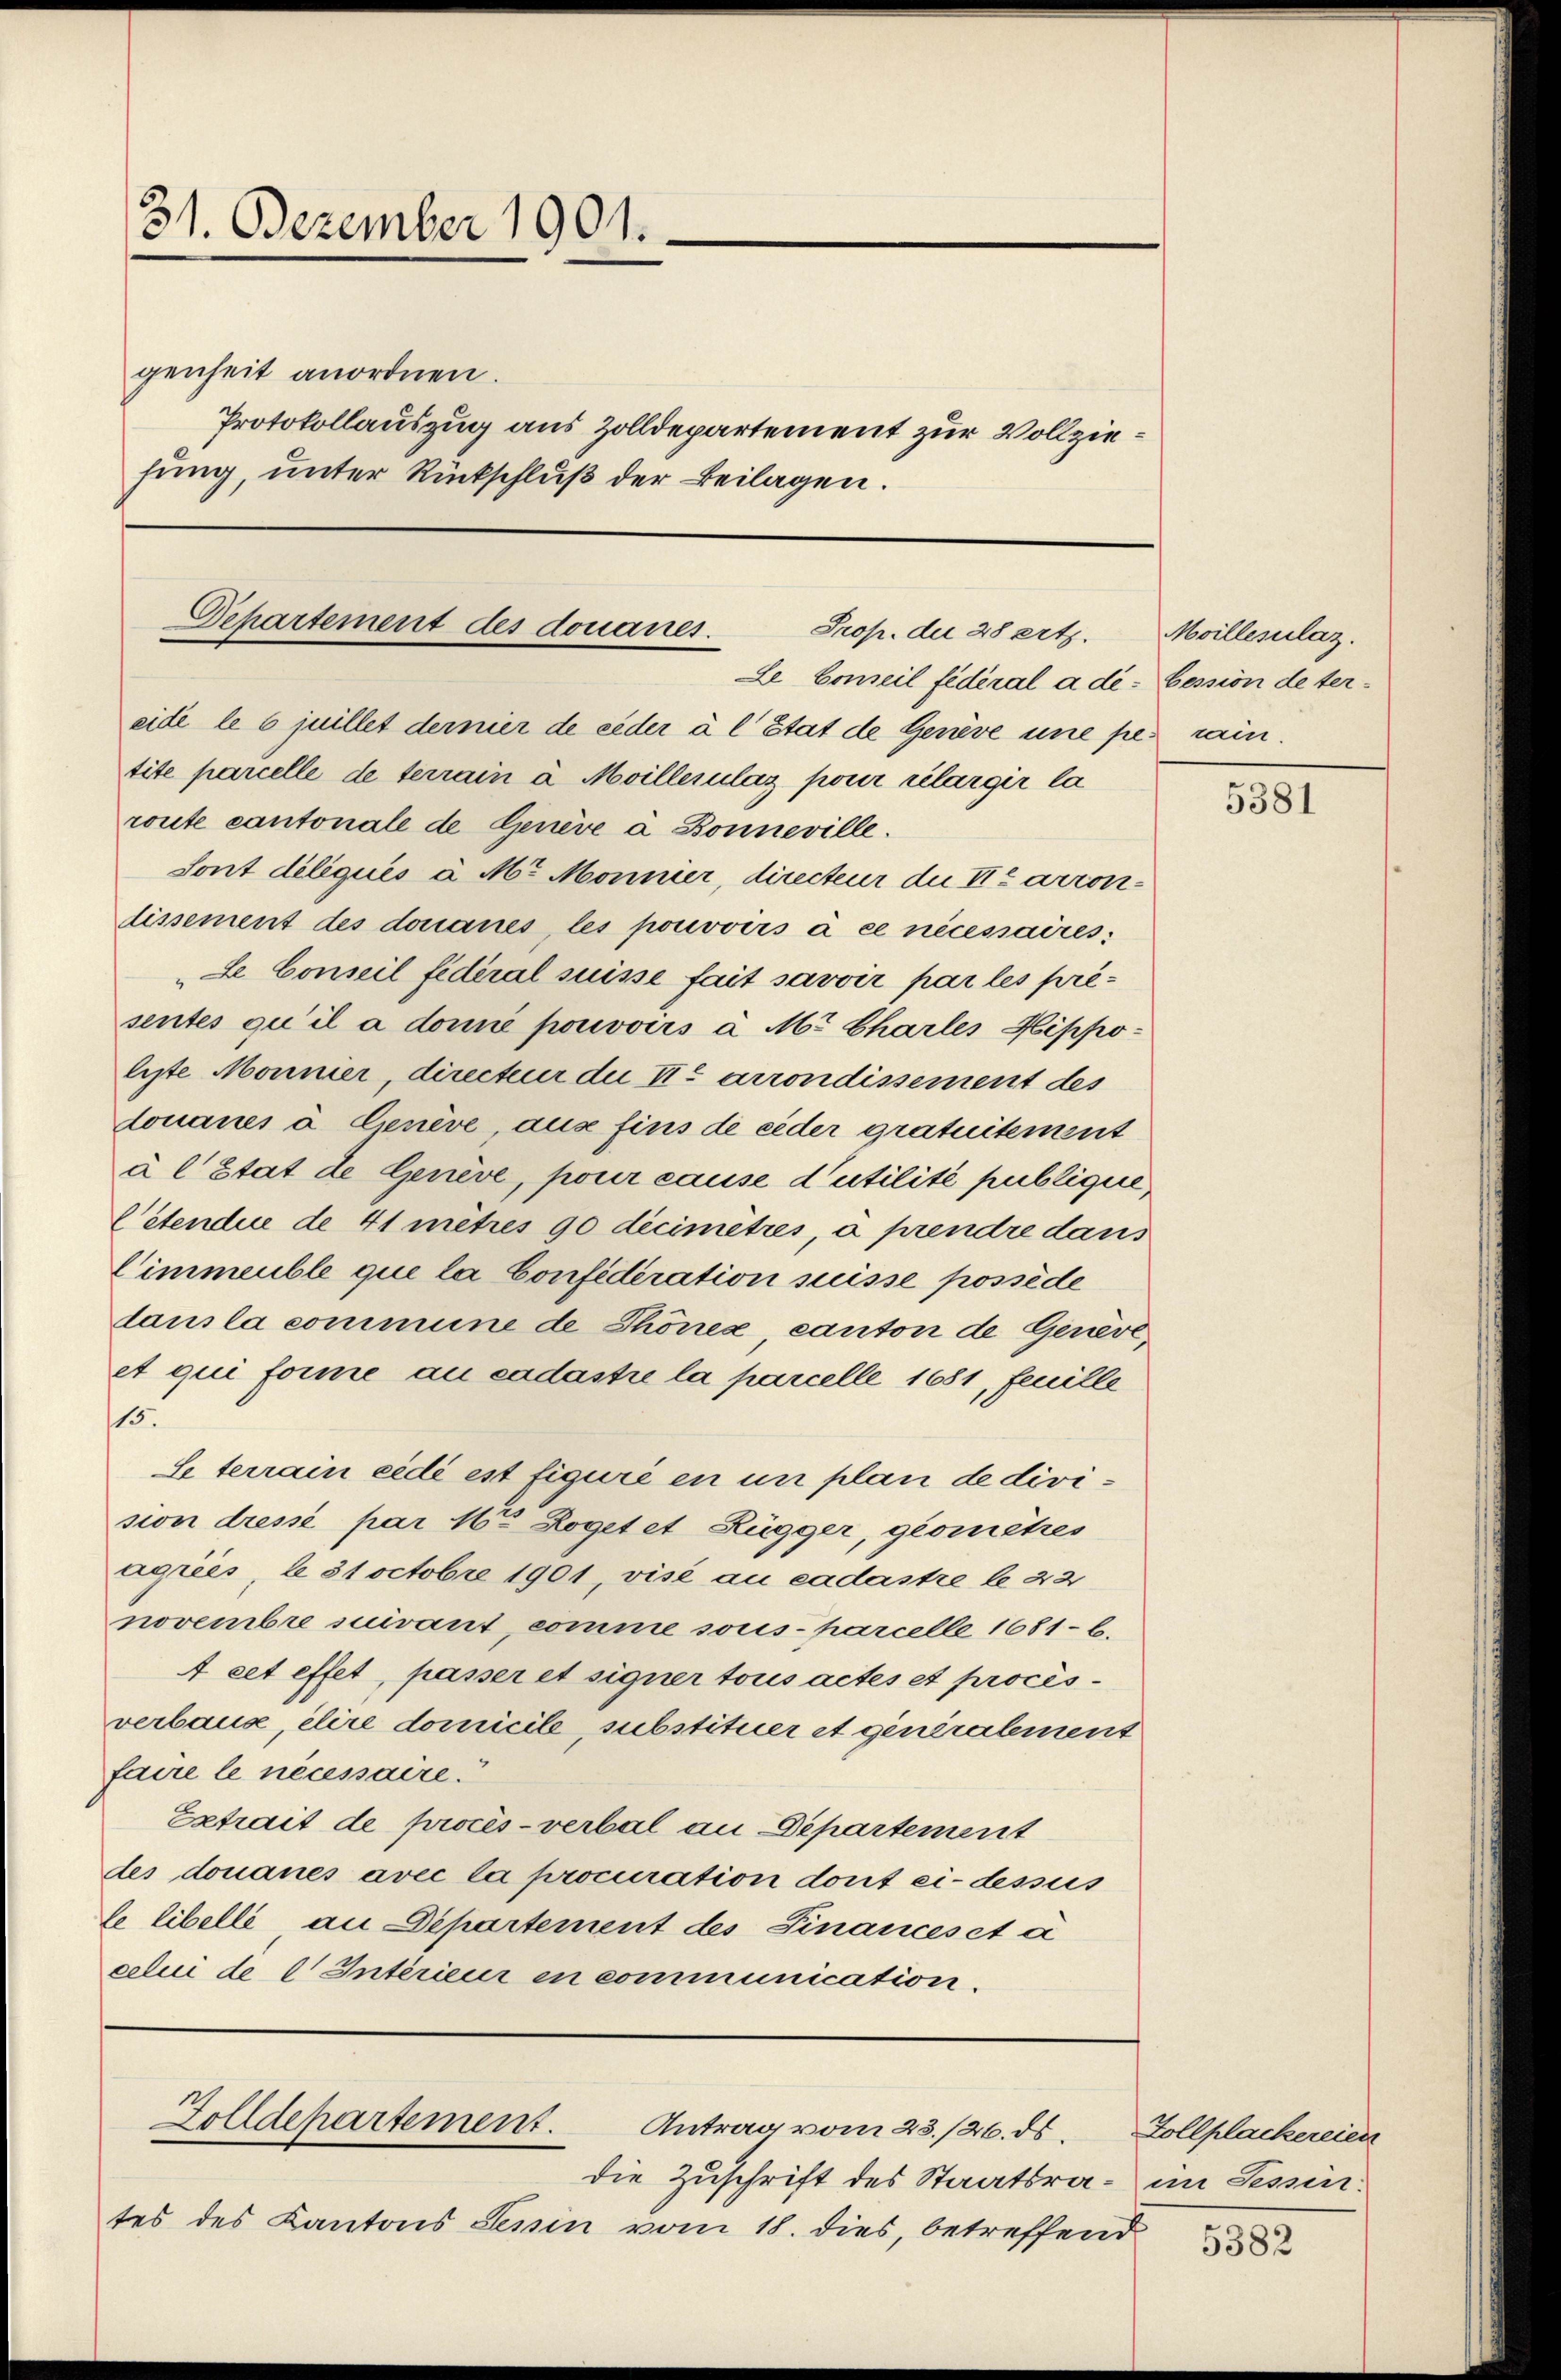
31. Dezember 1901.
genheit anordnen.
Protokollauszug aus Zolldepartement zur Vollziefung, unter Rückschluß der Beilagen.

Departement des donaues.
Prop. du 28 erth.
Le Conseil fédéral a de- Cession de ter¬

Zolldepartement.
Antrag vom 23./26. ds.

die Zuschrift des Staatsra- im Tessin.
tes des Kantons Semin vom 18. dies, betreffend

eide le 6 juillet dernier de eider à l’Etat de Gerive une per main
tite parcelle de terrain à Moillerulaz pour relargir la
route cantonale de Genève à Bonneville.
Sont déliqués à Mr. Monnier, directeur die II arrondissement des donaues les pouvoirs à ce nécessaires;
Le Conseil fédéral suisse fait savoir par les présentes qu’il a donné pouvoirs à Mt Charles Hippoliste Monnier, directer die Sie arrondissement des
donaues à Cenève, aus fins de jeder gratuitement
à l Etat de Genève, pour cause d’utilité publique,
Cétendue de 41 mitres 90 decimètres, à prendre dans
Cimmeuble que la Confideration suisse posséde
dans la commune de Thönes, canton de Genert,
et qui forme au cadastie la parcelle 1681, feuille
15.
Le terrain eidi est figuré en in plan de division dressé par 16ten Roget et Rügger, geometzes
Agrees, b 31 Octobre 1901, visé au cadastre le 22
novembre suivant, comme sous-harcelle 1681-6.
4 cet effet, passer et signer tous actes et procèsverbaus, elire domicile, substituer et generalement
faire le necessaire.
Extrait de procès-verbal an Departement
des douanes avec la procuration dort ci-dessus
le libelle an Departement des Finances et à
celui de l Intérieur en communication.

Moillesilaz.

5381

Zollplackereien

5382